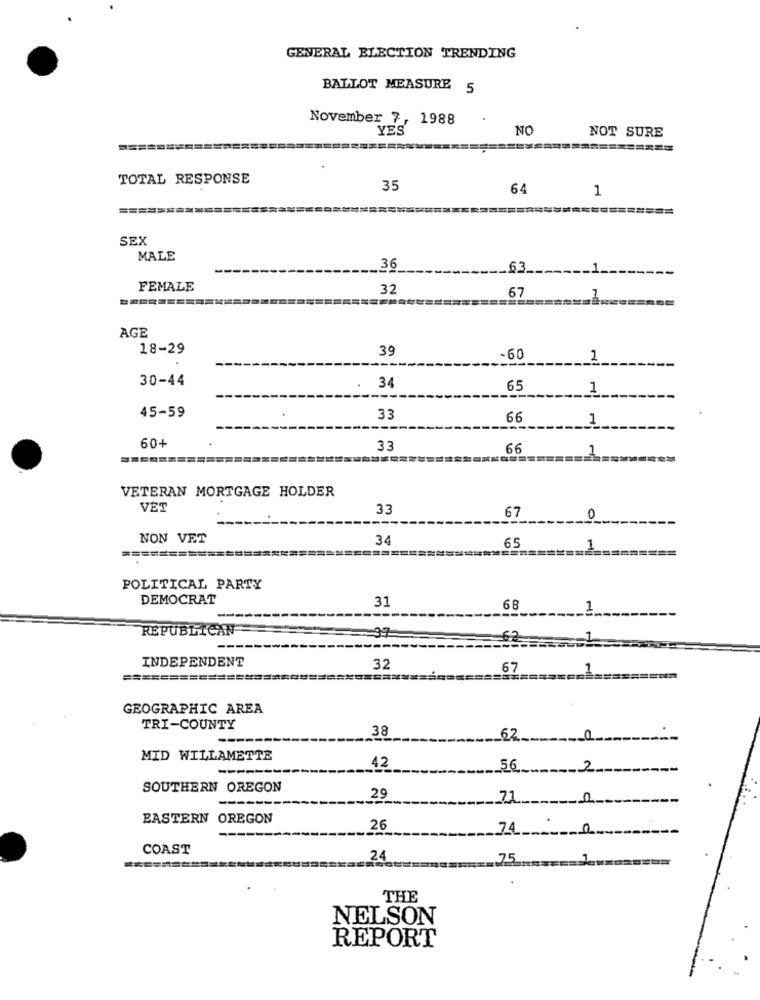
GENERAL ELECTION TRENDING
BALLOT MEASURE 5
November 7, 1988
YES
NC
NOT SURE
TOTAL RESPONSE
35
64
1
SEX
MALE
36
63
FEMALE
32
67
AGE
18-29
39
-60
1
30-44
.
34
65
1
45-59
33
66
1
60+
33
66
VETERAN MORTGAGE HOLDER
VET
33
67
0
NON VET
34
65
1
POLITICAL PARTY
DEMOCRAT
31
68
1
REPUBLICAN
37
INDEPENDENT
32
67
===============
GEOGRAPHIC AREA
TRI-COUNTY
38
62
MID WILLAMETTE
42
56
2
SOUTHERN OREGON
29
71
EASTERN OREGON
26
74
COAST
24
THE
NELSON
REPORT